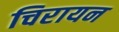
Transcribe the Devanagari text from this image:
चिरायन